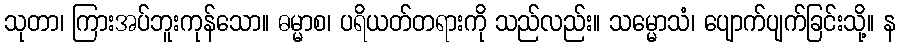
သုတာ၊ ကြားအပ်ဘူးကုန်သော။ ဓမ္မာစ၊ ပရိယတ်တရားကို သည်လည်း။ သမ္မောသံ၊ ပျောက်ပျက်ခြင်းသို့။ န